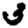
Digit: 3